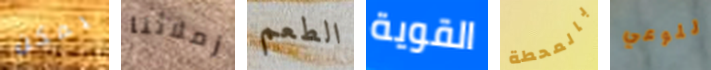
يمكن زملائنا الطعم القوية بالمحطة للوعي